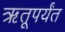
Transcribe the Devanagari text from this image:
ऋतूपर्यंत